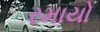
રમાયો